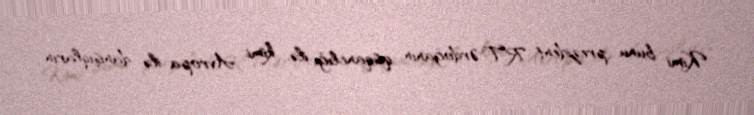
Kimi bunu prezident R.T.Ərdoğanın qısqanclığı ilə, kimi Avropa ilə danışıqların